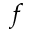
f